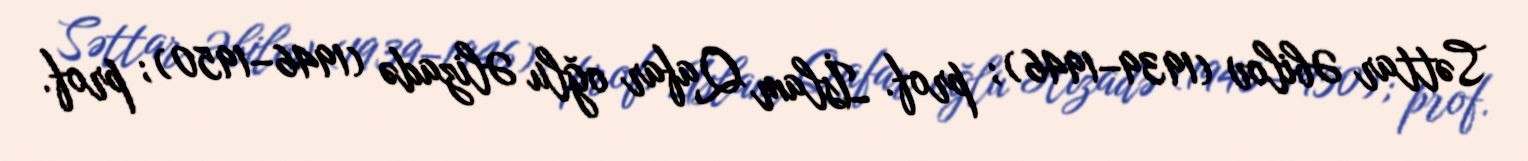
Səttar Əbilov (1939–1946); prof. İslam Qafar oğlu Əlizadə (1946–1950); prof.